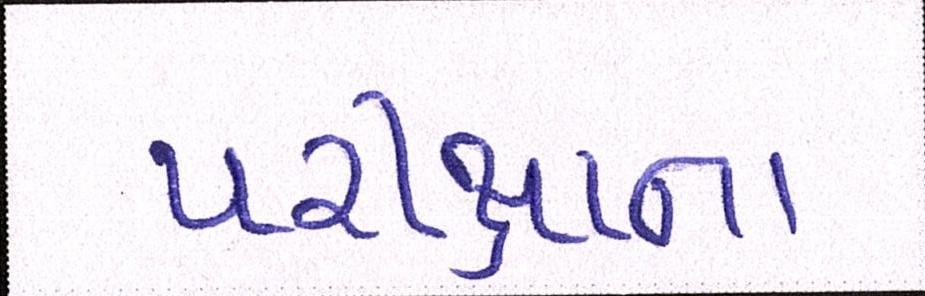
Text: પરીક્ષાના